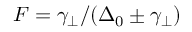
F = \gamma _ { \perp } / ( \Delta _ { 0 } \pm \gamma _ { \perp } )